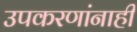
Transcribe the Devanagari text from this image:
उपकरणांनाही